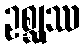
ဥစ္ဆုဿ